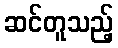
ဆင်တူသည့်